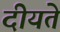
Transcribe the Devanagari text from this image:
दीयते